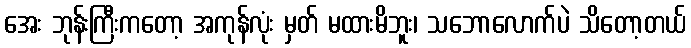
အေး ဘုန်းကြီးကတော့ အကုန်လုံး မှတ် မထားမိဘူး၊ သဘောလောက်ပဲ သိတော့တယ်